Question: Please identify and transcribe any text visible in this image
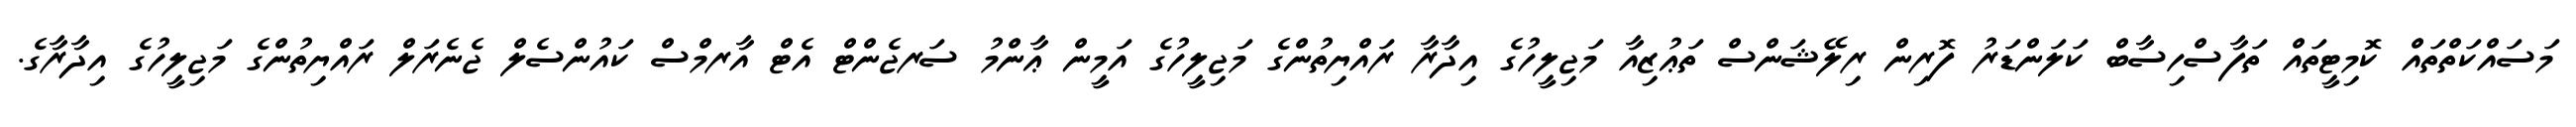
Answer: މަސައްކަތްތައް ކޮމިޓީތައް ތަފާސްހިސާބް ކަލަންޑަރު ފޮރިން ރިލޭޝަންސް ތަޢުޒިއާ މަޖިލީހުގެ އިދާރާ ރައްޔިތުންގެ މަޖިލީހުގެ އަމީން ޢާންމު ސަރޖެންޓް އެޓް އާރމްސް ކައުންސެލް ޖެނެރަލް ރައްޔިތުންގެ މަޖިލީހުގެ އިދާރާގެ.